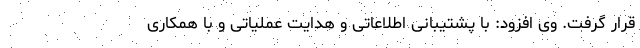
قرار گرفت. وی افزود: با پشتیبانی اطلاعاتی و هدایت عملیاتی و با همکاری